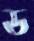
ড